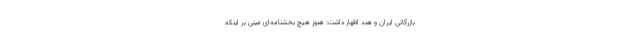
بازرگانی ایران و هند اظهار داشت: هنوز هیچ بخشنامه‌ای مبنی بر اینکه